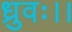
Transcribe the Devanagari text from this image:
ध्रुवः।।